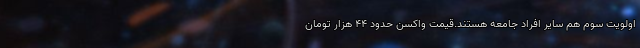
اولویت سوم هم سایر افراد جامعه هستند.قیمت واکسن حدود ۴۴ هزار تومان